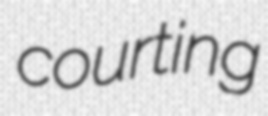
courting